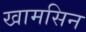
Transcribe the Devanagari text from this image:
खामसिन